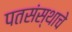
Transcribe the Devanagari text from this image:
पतसंस्थाचे